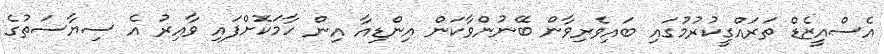
އެސްއީޒެޑް ތަރައްގީކުރުމުގައި ބައިވެރިވާން ބޭނުންވާކަން އިންޑިއާ އިން ހާމަކޮށްފައި ވާއިރު އެ ސިޔާސަތުގެ